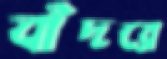
বাঁদরে